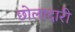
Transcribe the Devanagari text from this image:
छोलादारी